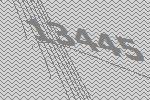
13445